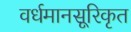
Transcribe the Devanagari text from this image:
वर्धमानसूरिकृत